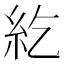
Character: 紇